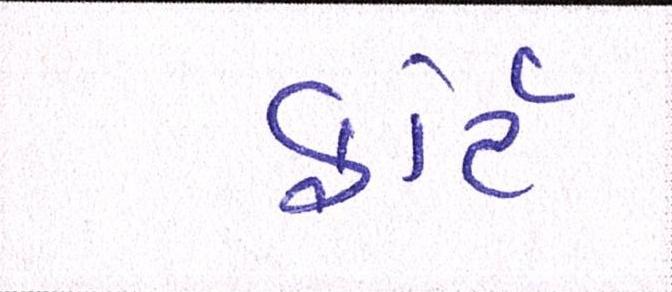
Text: ફોર્ટ